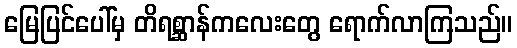
မြေပြင်ပေါ်မှ တိရစ္ဆာန်ကလေးတွေ ရောက်လာကြသည်။